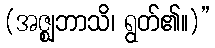
(အဇ္ဈဘာသိ၊ ရွတ်၏။)”